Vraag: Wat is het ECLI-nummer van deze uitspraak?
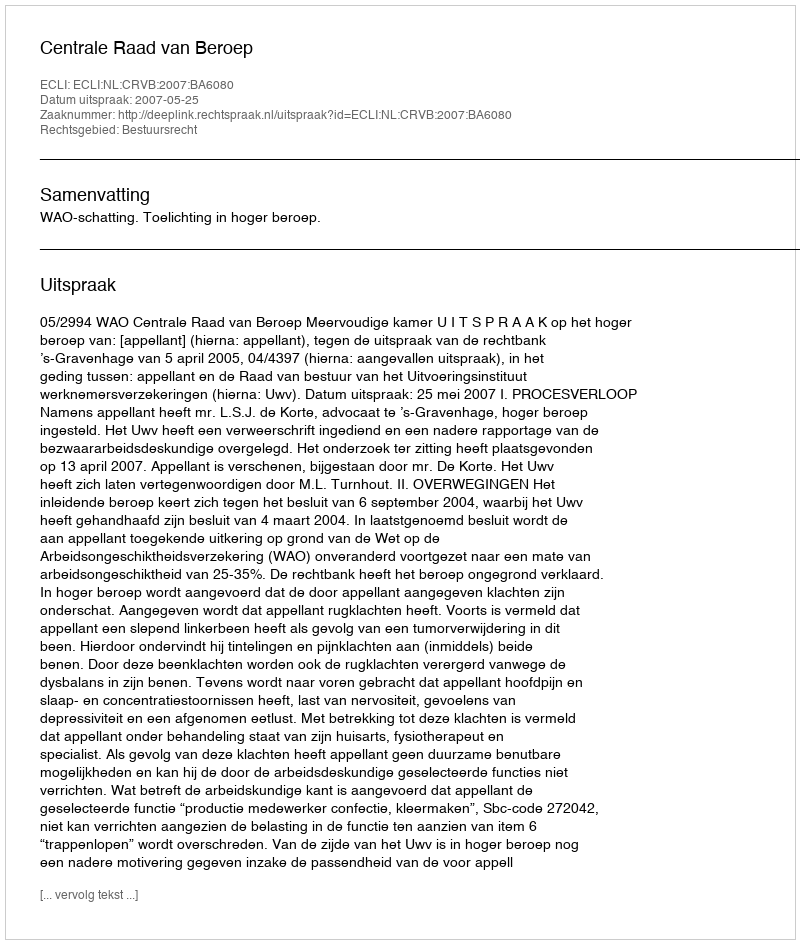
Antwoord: ECLI:NL:CRVB:2007:BA6080